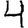
Digit: 4